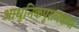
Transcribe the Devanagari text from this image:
आधुनिकपुराणकथा